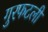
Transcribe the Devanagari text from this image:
गुरफटली